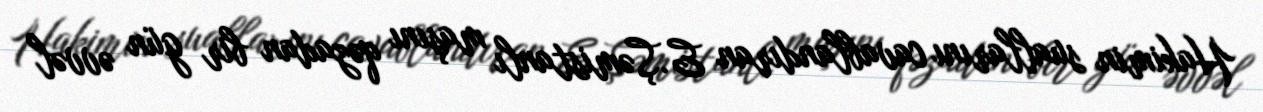
Hakimin suallarını cavablandıran E.Şəmistanlı maşını qəzadan bir gün əvvəl